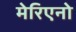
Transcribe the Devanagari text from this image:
मेरिएनो